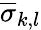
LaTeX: \overline{{\sigma}}_{k,l}